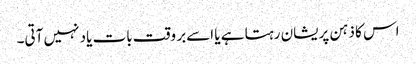
اس کا ذہن پریشان رہتا ہے یا اسےبر وقت بات یاد نہیں آتی۔